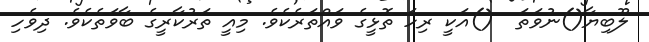
ލޫބިޔާ()ނުވަތަ  ()އަކީ ރިހަ ތޮޅީގެ ވައްތަރެކެވެ. މިއީ ތަރުކާރީގެ ބާވަތެކެވެ. ދިވެހި